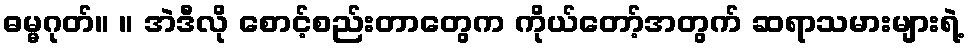
ဓမ္မဂုတ်။ ။ အဲဒီလို စောင့်စည်းတာတွေက ကိုယ်တော့်အတွက် ဆရာသမားများရဲ့